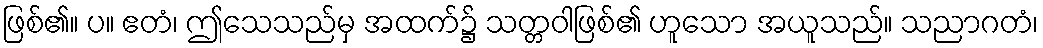
ဖြစ်၏။ ပ။ ဧတံ၊ ဤသေသည်မှ အထက်၌ သတ္တဝါဖြစ်၏ ဟူသော အယူသည်။ သညာဂတံ၊